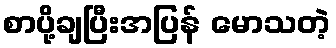
စာပို့ချပြီးအပြန် မောသတဲ့